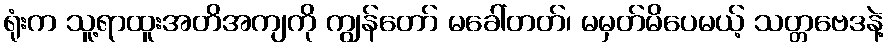
ရုံးက သူ့ရာထူးအတိအကျကို ကျွန်တော် မခေါ်တတ်၊ မမှတ်မိပေမယ့် သတ္တဗေဒနဲ့